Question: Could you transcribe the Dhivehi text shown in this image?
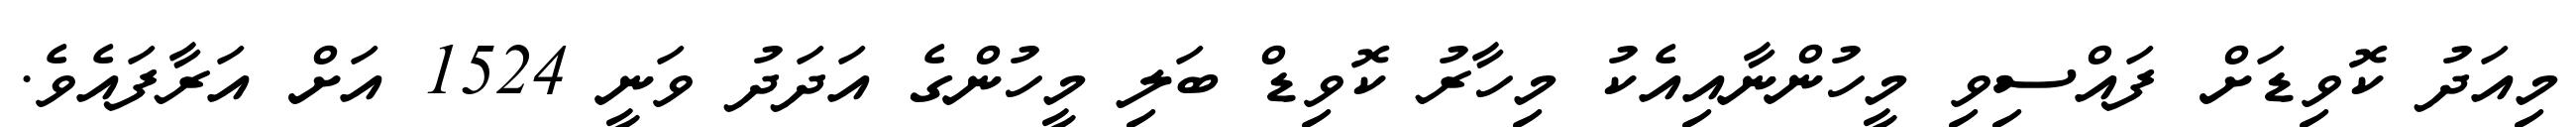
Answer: މިއަދު ކޮވިޑަށް ފައްސިވި މީހުންނާއިއެކު މިހާރު ކޮވިޑް ބަލި މީހުންގެ އަދަދު ވަނީ 1524 އަށް އަރާފައެވެ.